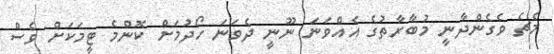
މެޗެ ވެގެންދާނީ މުބާރާތުގެ އެއްވަނަ ނޫނީ ދެވަނަ ހޯދުމަށް ކޮންމެ ޓީމަކަށް ވެސް